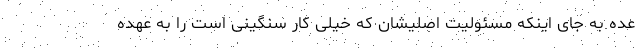
عده به جای اینکه مسئولیت اصلیشان که خیلی کار سنگینی است را به عهده